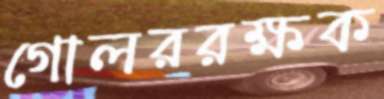
গোলররক্ষক